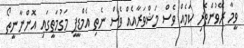
ވީމާ ރޭވުންތެރި ކަމެއް ވެސް މަޝްވަރާއެއް ވެސް ނެތި އެމްޑީޕީ މަގުމަތީގައި އޮންނާނީތޯ